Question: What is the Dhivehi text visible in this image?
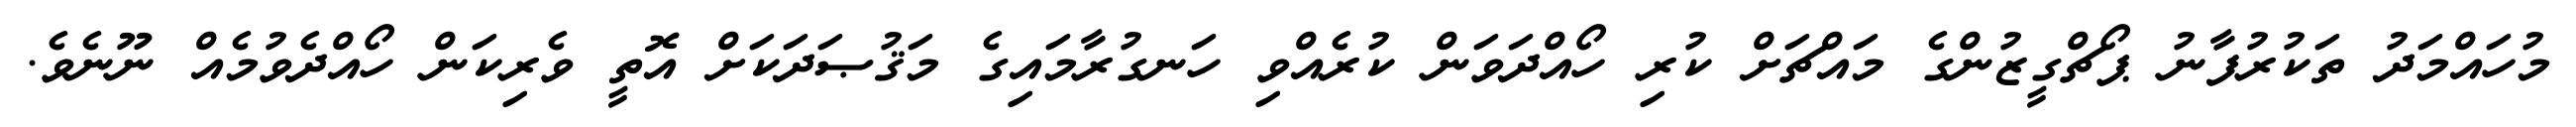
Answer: މުހައްމަދު ތަކުރުފާނު ޕޯޗްގީޒުންގެ މައްޗަށް ކުރި ހޯއްދަވަން ކުރެއްވި ހަނގުރާމައިގެ މަޤުޞަދަކަށް އޮތީ ވެރިކަން ހޯއްދެވުމެއް ނޫނެވެ.